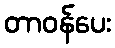
တာဝန်ပေး